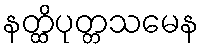
နတ္ထိပုတ္တသမေန